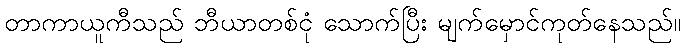
တာကာယူကီသည် ဘီယာတစ်ငုံ သောက်ပြီး မျက်မှောင်ကုတ်နေသည်။